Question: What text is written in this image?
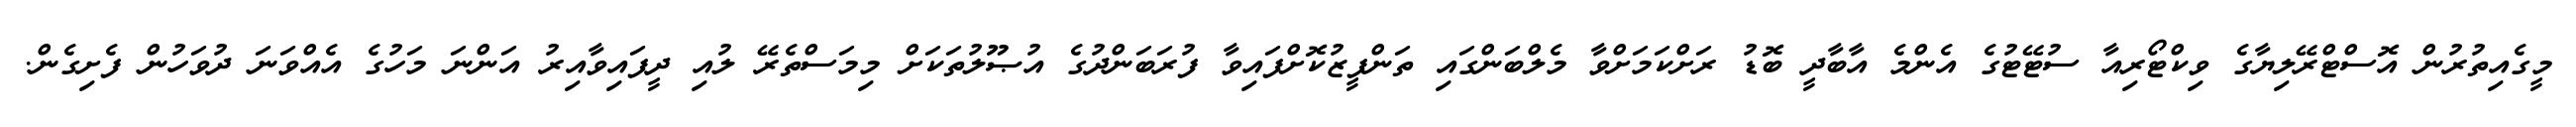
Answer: މީގެއިތުރުން އޮސްޓްރޭލިޔާގެ ވިކްޓޯރިއާ ސުޓޭޓުގެ އެންމެ އާބާދީ ބޮޑު ރަށްކަމަށްވާ މެލްބަންގައި ތަންފީޒުކޮށްފައިވާ ފުރަބަންދުގެ އުޞޫލުތަކަށް މިމަސްތެރޭ ލުއި ދީފައިވާއިރު އަންނަ މަހުގެ އެއްވަނަ ދުވަހުން ފެށިގެން.